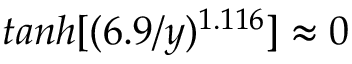
t a n h [ ( 6 . 9 / y ) ^ { 1 . 1 1 6 } ] \approx 0